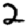
Digit: 2